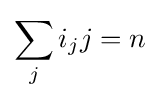
\sum _{j}i_{j}j=n